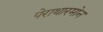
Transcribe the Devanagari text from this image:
पेराथारमोन